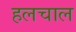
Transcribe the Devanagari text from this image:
हलचाल